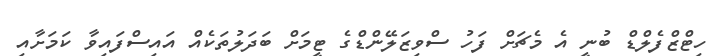
ހިޓްޒްފެލްޑް ބުނީ އެ މެޗަށް ފަހު ސްވިޒަލޭންޑްގެ ޓީމަށް ބަދަލުތަކެއް އައިސްފައިވާ ކަމަށާއި